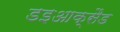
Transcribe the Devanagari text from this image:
डइआक्सैड